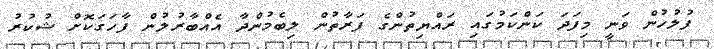
ފުލުހުން ވަނީ މިފަދަ ކަންކަމުގައި ރައްޔިތުންގެ ފަރާތުން ލިބެމުންދާ އެއްބާރުލުން ފާހަގަކޮށް ޝުކުރު